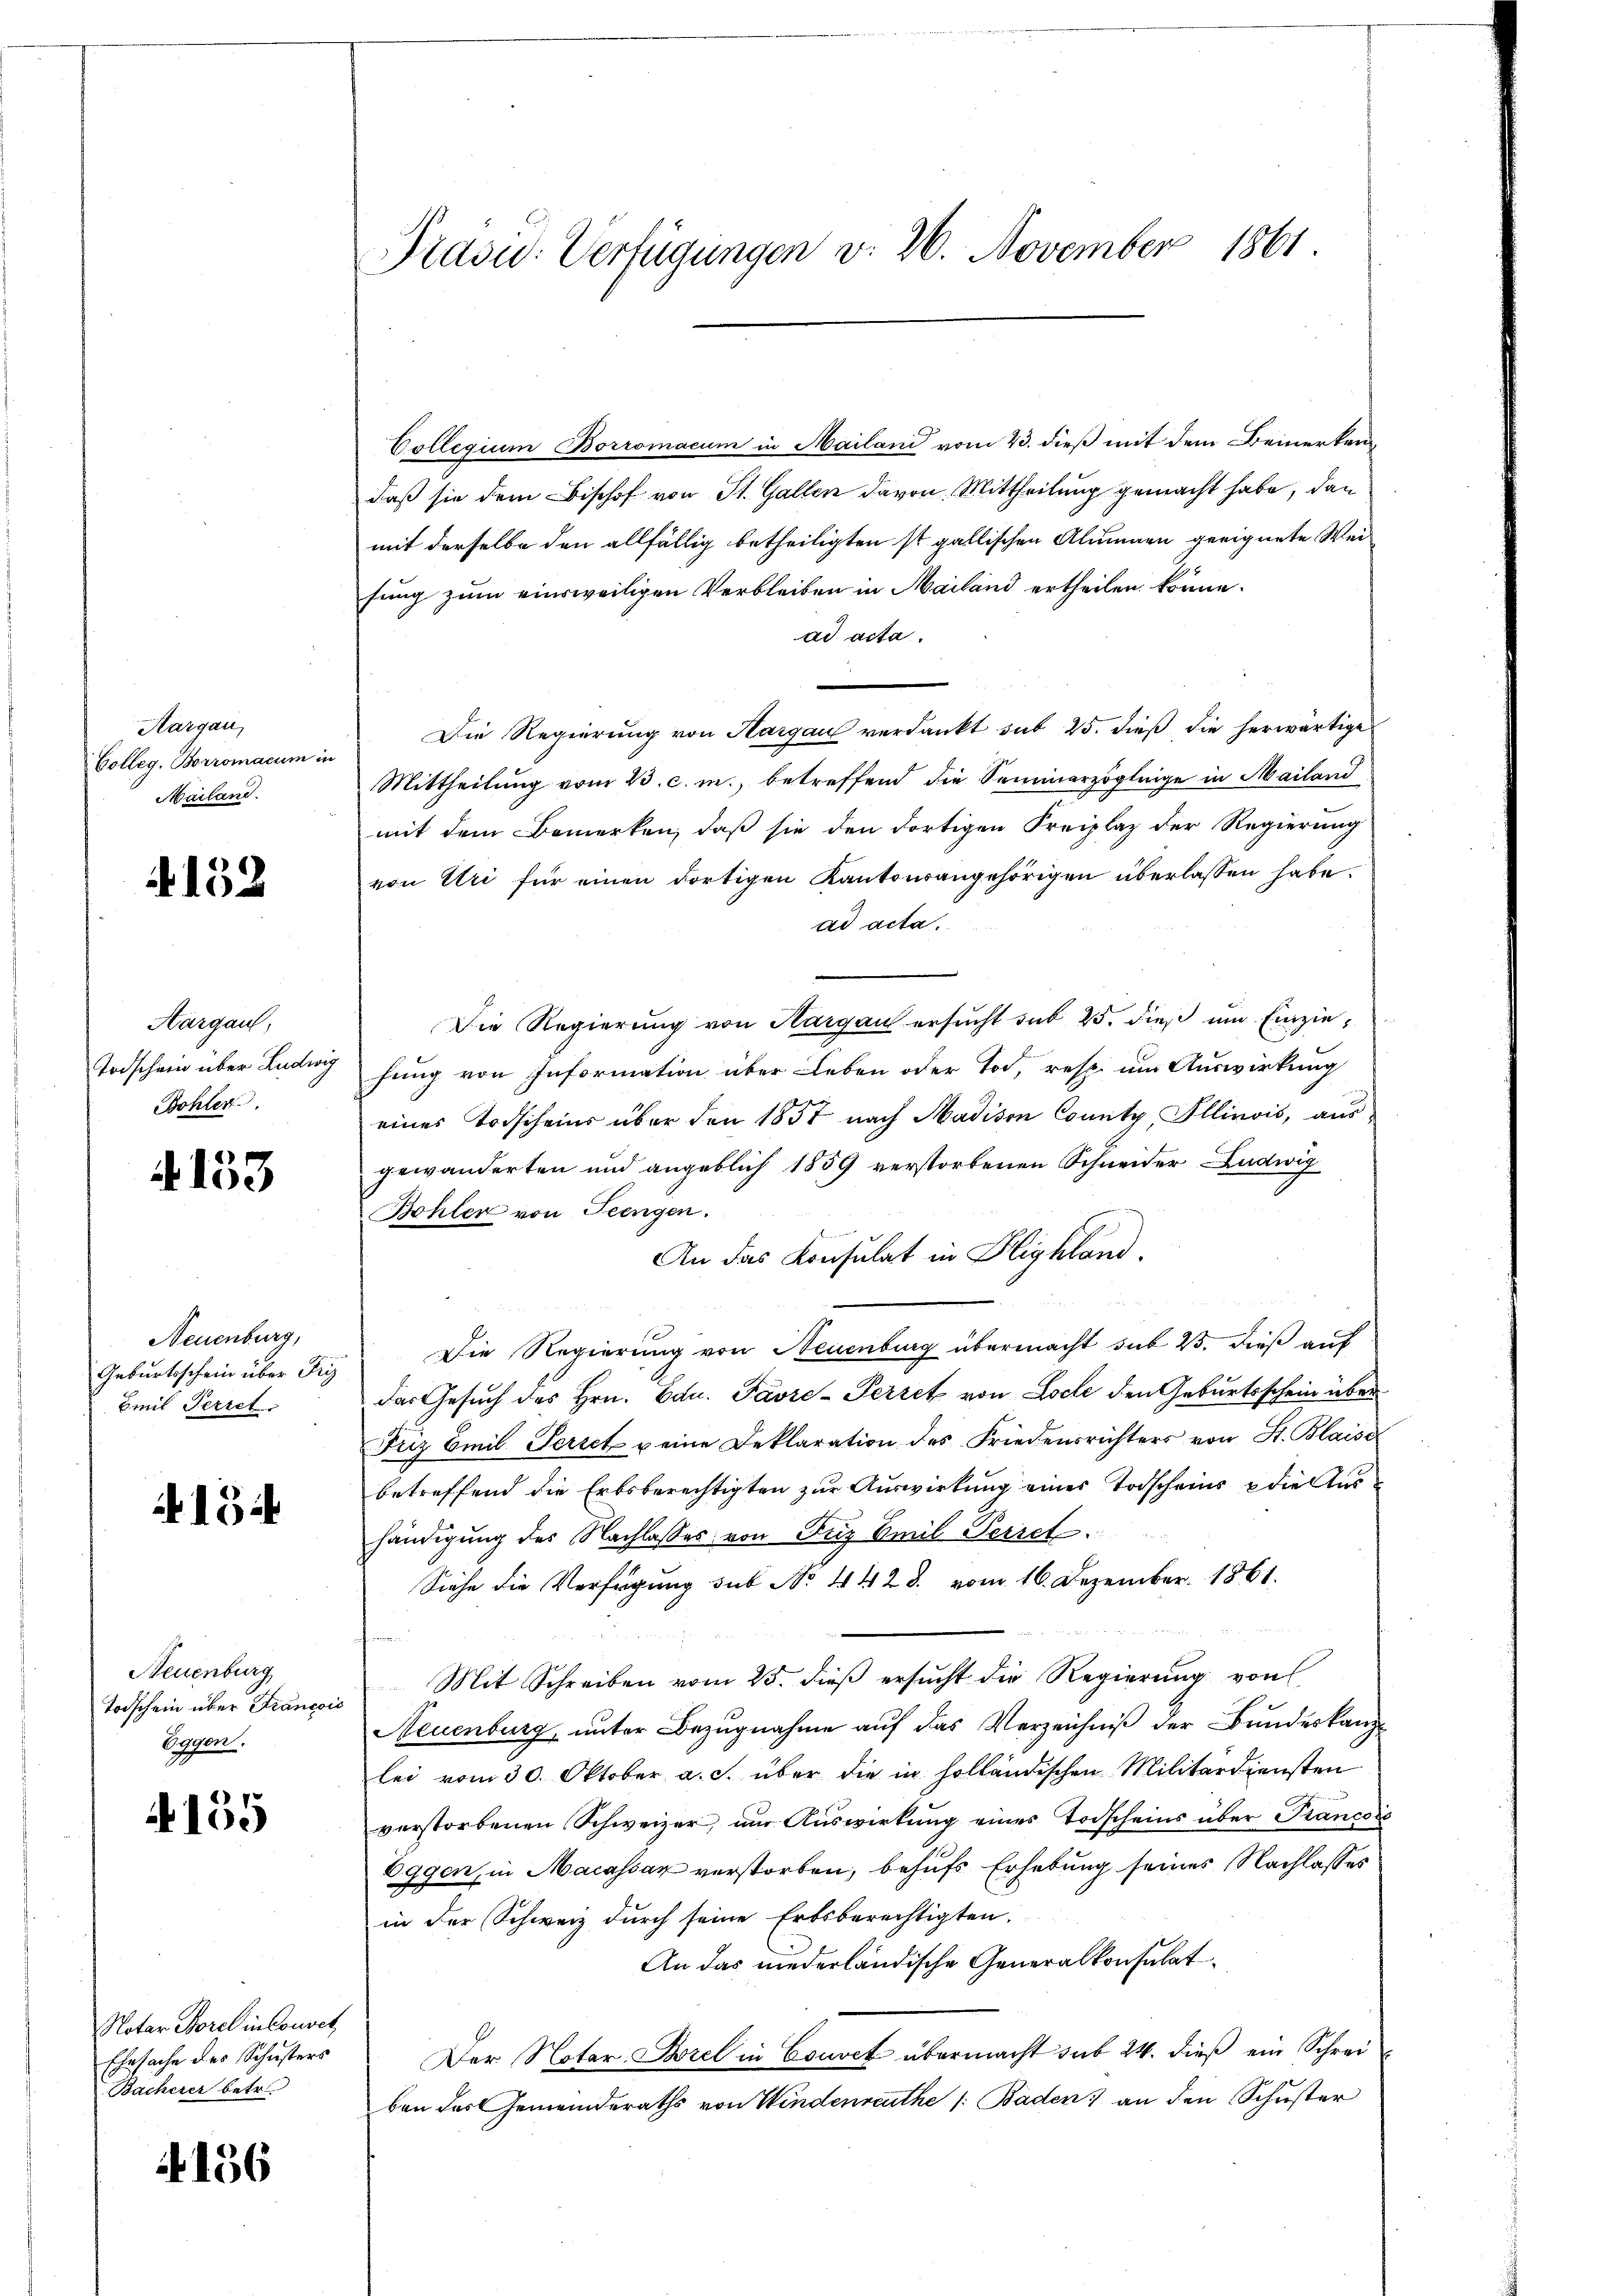
Aargau,
Colleg. Borromacum in
Mailand.

4152

Hargau,
Todschein über Ludwig
Bohler

4153

Neuenburg,
Geburtsschein über Fig
Emil Feriet.

A 154

Neuenburg
Todschein über Francois
Bogen.

155

Notar Borel in Couvet
Ehesache des Schusters
Bacherer betr.

156

Präsid.: Verfügungen v. 26. November 1861

Collegium Borromacum in Mailand vom 23. dieß mit dem Bemerken
daß sie dem Bischof von St. Gallen davon. Mittheilung gemacht habe, dann
mit derselbe den allfällig betheiligten ist gallischen Alumnen geeignete Weisung zum einsweiligen Verbleiben in Mailand ertheilen könne.
ad acta.
Die Regierung von Aargau verdankt sub 25. dieß die herwärtige
Mittheilung vom 23. c. m., betreffend die Seminarzöglinge in Mailand
mit dem Bemerken, daß sie den dortigen Kreiplaz der Regierung
von Uri für einen dortigen Kantonsangehörigen überlassen habe.
ad acta.
Die Regierung von Aargau ersucht sub 25. dieß um Einziefung von Information über Leben oder Tod, resp. um Auswirkung
eines Todscheins über den 1857 nach Madison County Illinois, aus
gewanderten und angeblich 1859 verstorbenen Schneider Ludwig
Bohler von Seengen.
An das Konsulat in Highland.
Die Regierung von Neuenburg übermacht sub 25. dieß auf
das Gesuch des Hrn. Edu. Pavre-Perret von Loche den Geburtsschein über
Friz Emil Periet u eine Deklaration des Friedensrichters von St. Blaise
betreffend die Erbsberechtigten zur Auswirkung einer Todscheins & die Aushändigung des Nachlasses von Fuz Emil Verset
Siehe die Verfügung sub No. 4428. vom 16. Dezember 1861.
Mit Schreiben vom 25. dieß ersucht die Regierung von
Neuenburg, unter Bezugnahme auf das Verzeichniß der Bundeskanzlei vom 30. Oktober a. c. über die in holländischen Militärdiensten
verstorbenen Schweizer, nur Auswirkung eines Todscheins über Prancois
Eggen, in Macassar verstorben, behufs Erhebung seines Nachlasses
in der Schweiz durch seine Erbsberechtigten.
An das niederländische Generalkonsulat
Der Notar Borel in Couvet übermacht sub 24. dieß ein Schreiben des Gemeinderaths von Windenreuthe /: Baden) an den Schuster